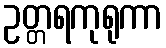
ဥတ္တရကုရုကာ